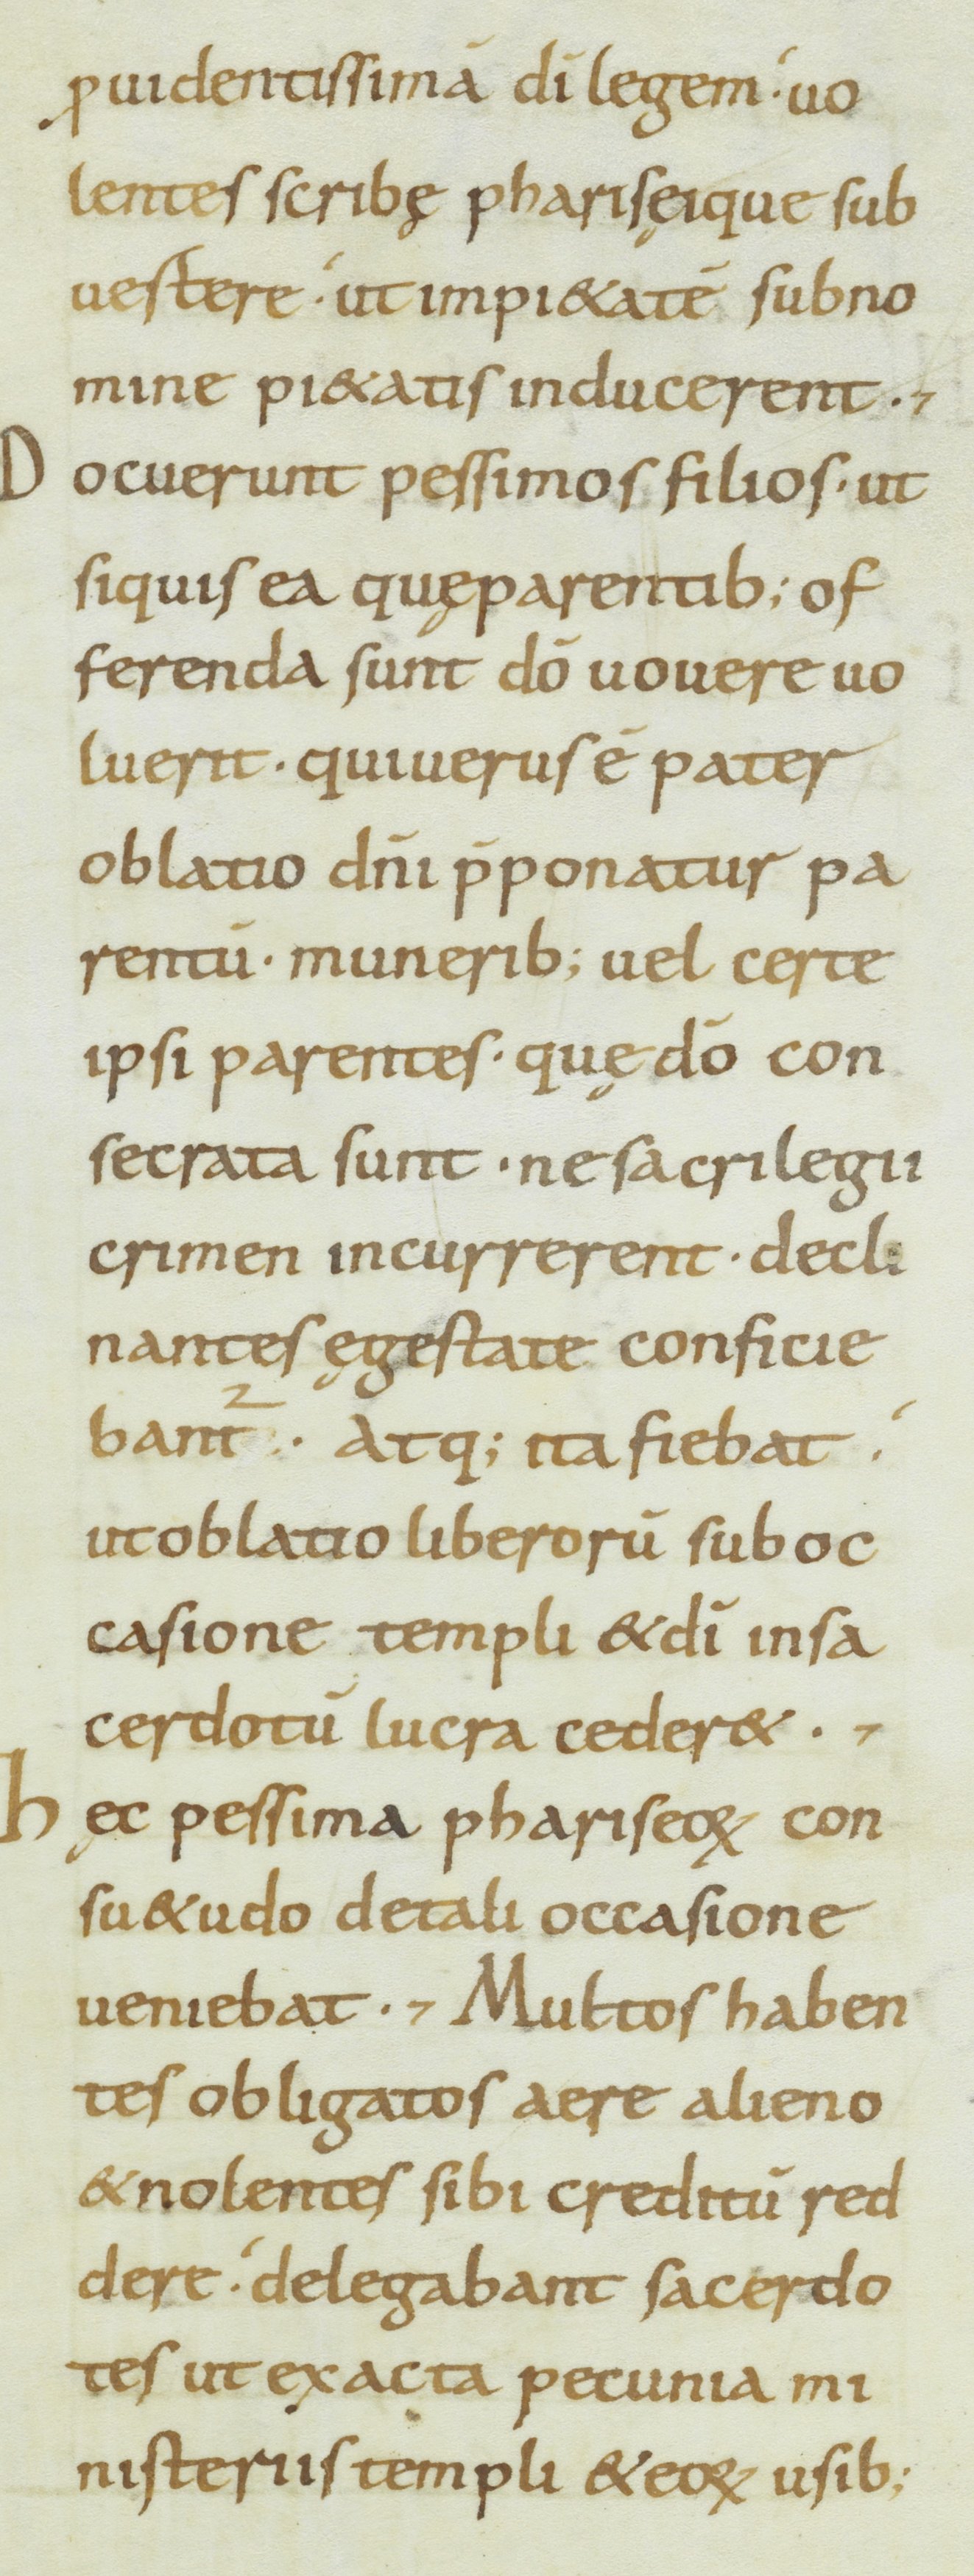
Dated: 800–899